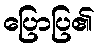
ပြောပြ၏